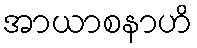
အာယာစနာဟိ